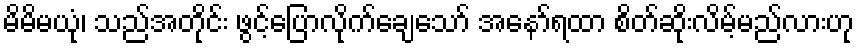
မိမိမယုံ၊ သည်အတိုင်း ဖွင့်ပြောလိုက်ချေသော် အနော်ရထာ စိတ်ဆိုးလိမ့်မည်လားဟု